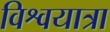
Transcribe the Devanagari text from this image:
विश्वयात्रा